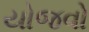
યોજવો